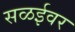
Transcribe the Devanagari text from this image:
सळईवर